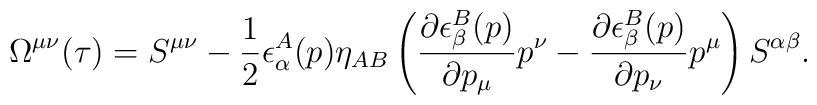
\Omega^{\mu\nu}(\tau)=S^{\mu\nu}-\frac{1}{2}\epsilon^A_\alpha(p)\eta_{AB} \left(\frac{\partial\epsilon^B_\beta(p)}{\partial p_\mu}p^\nu-\frac{\partial\epsilon^B_\beta(p)}{\partial p_\nu}p^\mu\right)S^{\alpha\beta}.